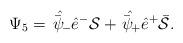
LaTeX: \begin{align*}\Psi_5=\skew5\hat{\bar\psi}_-\hat e^-{\cal S}+\skew5\hat{\bar\psi}_+\hat e^+\bar {\cal S}.\end{align*}